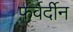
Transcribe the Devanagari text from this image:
फर्वर्दीन